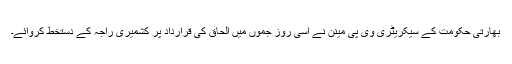
بھارتی حکومت کے سیکریٹری وی پی مینن نے اسی روز جموں میں الحاق کی قرارداد پر کشمیری راجہ کے دستخط کروائے۔